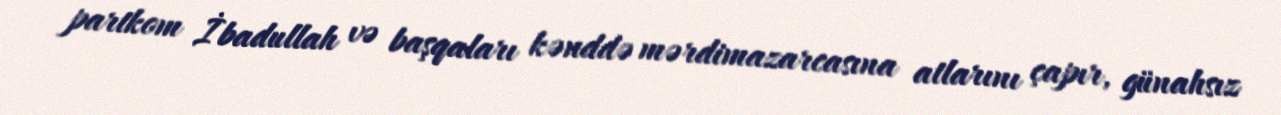
partkom İbadullah və başqaları kənddə mərdimazarcasına atlarını çapır, günahsız